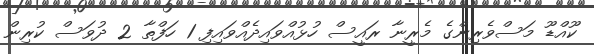
ކޫއްޑޫ މަސްވެރިންގެ މެރީނާ ރައީސް ހުޅުއްވައިދެއްވައިފި 1 ހަފްތާ 2 ދުވަސް ކުރިން